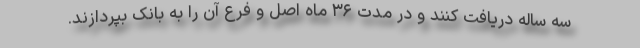
سه ساله دریافت کنند و در مدت ۳۶ ماه اصل و فرع آن را به بانک بپردازند.